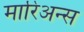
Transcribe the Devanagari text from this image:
मारिअन्स